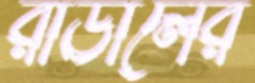
রাডালের